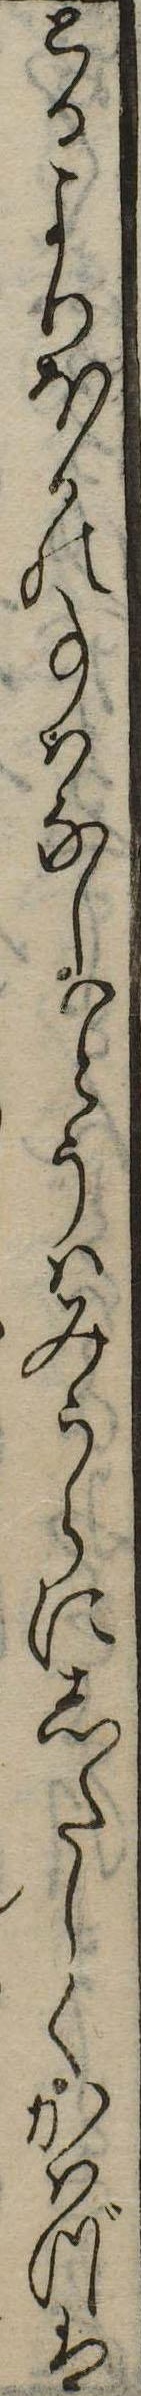
とるよりほかの事はなしいとうはみうらにしたしくかはづは